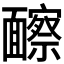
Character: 𩉐